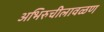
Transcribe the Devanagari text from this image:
अभिरुचीलावळण